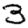
Digit: 3